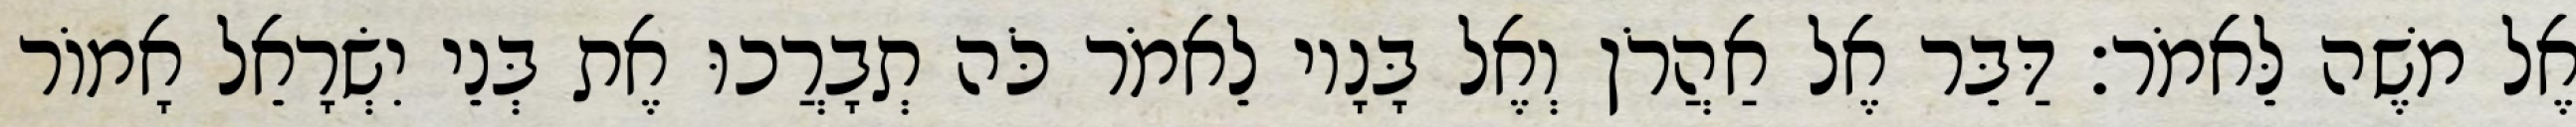
אֶל משֶׁה לֵּאמֹר׃ דַּבֵּר אֶל אַהֲרֹן וְאֶל בָּנָיו לֵאמֹר כֹּה תְבָרֲכוּ אֶת בְּנֵי יִשְׂרָאֵל אָמוֹר